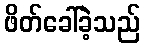
ဖိတ်ခေါ်ခဲ့သည်